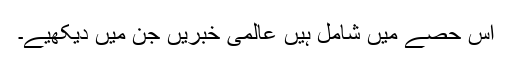
اس حصے میں شامل ہیں عالمی خبریں جن میں دیکھیے۔